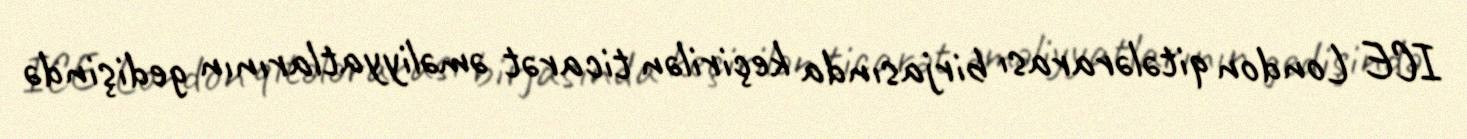
ICE London qitələrarası birjasında keçirilən ticarət əməliyyatlarının gedişində